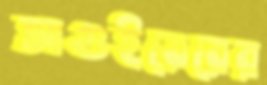
আগুইয়েরের